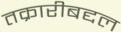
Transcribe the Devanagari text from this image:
तक्रारीबद्दल